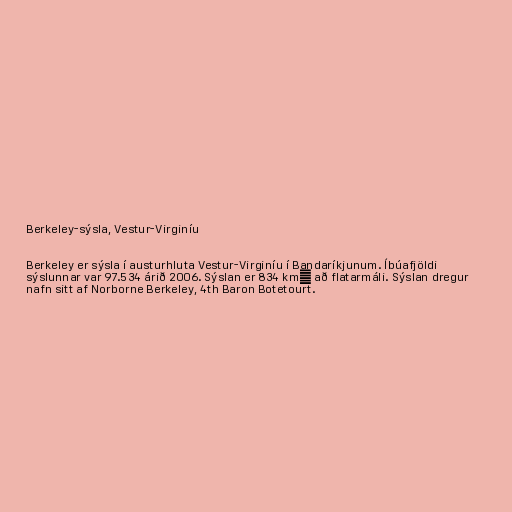
Berkeley-sýsla, Vestur-Virginíu

Berkeley er sýsla í austurhluta Vestur-Virginíu í Bandaríkjunum. Íbúafjöldi
sýslunnar var 97.534 árið 2006. Sýslan er 834 km² að flatarmáli. Sýslan dregur
nafn sitt af Norborne Berkeley, 4th Baron Botetourt.